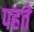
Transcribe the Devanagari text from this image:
पहते